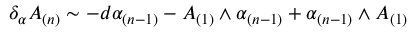
\delta _ { \alpha } A _ { ( n ) } \sim - d \alpha _ { ( n - 1 ) } - A _ { ( 1 ) } \wedge \alpha _ { ( n - 1 ) } + \alpha _ { ( n - 1 ) } \wedge A _ { ( 1 ) }